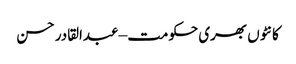
کانٹوں بھری حکومت – عبدالقادر حسن